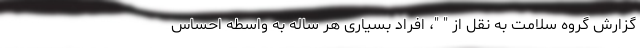
گزارش گروه سلامت به نقل از " "، افراد بسیاری هر ساله به واسطه احساس